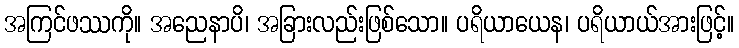
အကြင်ဖဿကို။ အညေနာပိ၊ အခြားလည်းဖြစ်သော။ ပရိယာယေန၊ ပရိယာယ်အားဖြင့်။